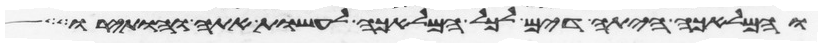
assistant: והמלאכה היתה דים לכל המלאכה לעשות אתה והותירו